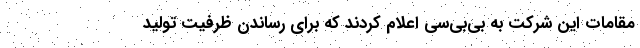
مقامات این شرکت به بی‌بی‌سی اعلام کردند که برای رساندن ظرفیت تولید